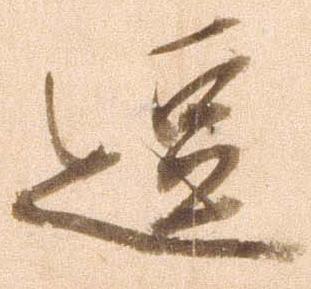
逗